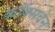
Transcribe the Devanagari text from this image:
कॉक्सवेन